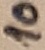
Text: 10